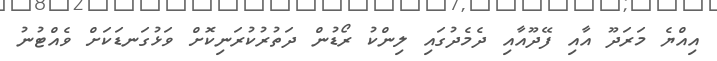
އިއްޔެ މަރަދޫ އާއި ފޭދޫއާއި ދެމެދުގައި ލިންކު ރޯޑުން ދަތުރުކުރަނިކޮށް ވަޅުގަނޑަކަށް ވެއްޓުނު